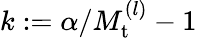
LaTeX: k:=\alpha/M_{\mathrm{t}}^{(l)}-1